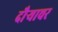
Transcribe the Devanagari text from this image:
दौर्‍याचर